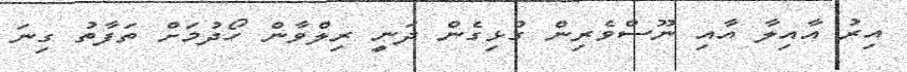
އިރު އާއިލާ އާއި ނޫސްވެރިން ގުޅިގެން ދަނީ ރިލްވާން ހޯދުމަށް ތަފާތު ގިނަ